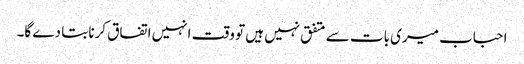
احباب میری بات سے متفق نہیں ہیں تو وقت انہیں اتفاق کرنا بتا دے گا۔